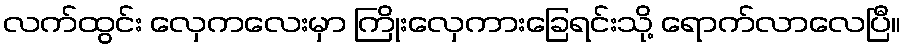
လက်ထွင်း လှေကလေးမှာ ကြိုးလှေကားခြေရင်းသို့ ရောက်လာလေပြီ။